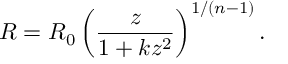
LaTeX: R = R _ { 0 } \left( \frac z { 1 + k z ^ { 2 } } \right) ^ { 1 / ( n - 1 ) } .